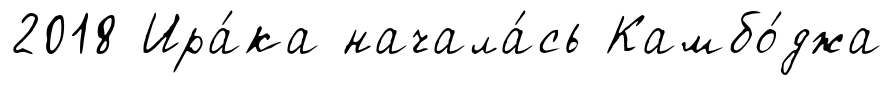
2018 Ира́ка начала́сь Камбо́джа